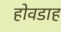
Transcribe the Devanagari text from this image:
होवडाह